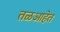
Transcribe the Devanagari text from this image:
तळआहेत